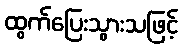
ထွက်ပြေးသွားသဖြင့်